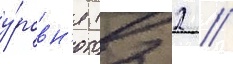
у́ровн'я (2 2 //